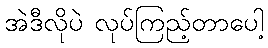
အဲဒီလိုပဲ လုပ်ကြည့်တာပေါ့